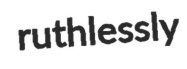
ruthlessly